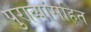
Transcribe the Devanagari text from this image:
पुराव्यांसहित